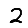
Digit: 2